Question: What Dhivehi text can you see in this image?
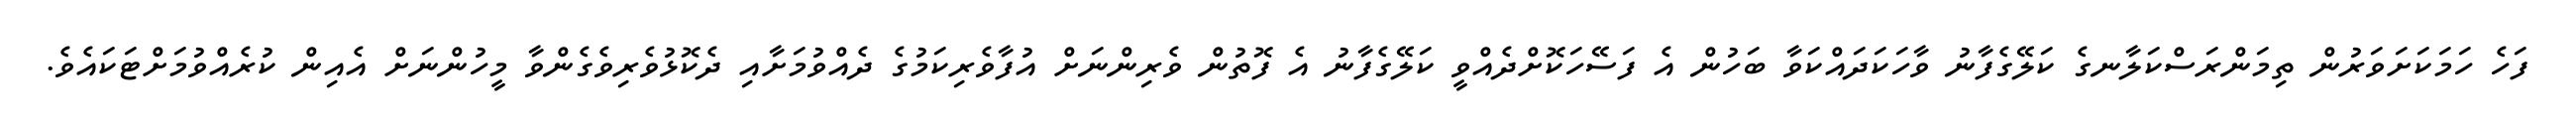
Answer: ފަހެ ހަމަކަށަވަރުން ތިމަންރަސްކަލާނގެ ކަލޭގެފާނު ވާހަކަދައްކަވާ ބަހުން އެ ފަސޭހަކޮށްދެއްވީ ކަލޭގެފާނު އެ ފޮތުން ވެރިންނަށް އުފާވެރިކަމުގެ ދެއްވުމަށާއި ދެކޮޅުވެރިވެގެންވާ މީހުންނަށް އެއިން ކުރެއްވުމަށްޓަކައެވެ.